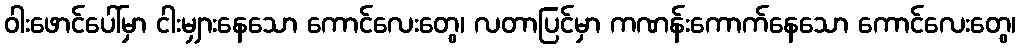
ဝါးဖောင်ပေါ်မှာ ငါးမျှားနေသော ကောင်လေးတွေ၊ လတာပြင်မှာ ကဏန်းကောက်နေသော ကောင်လေးတွေ၊